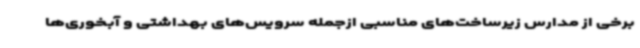
برخی از مدارس زیرساخت‌های مناسبی ازجمله سرویس‌های بهداشتی و آبخوری‌ها